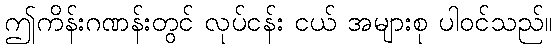
ဤကိန်းဂဏန်းတွင် လုပ်ငန်း ငယ် အများစု ပါဝင်သည်။